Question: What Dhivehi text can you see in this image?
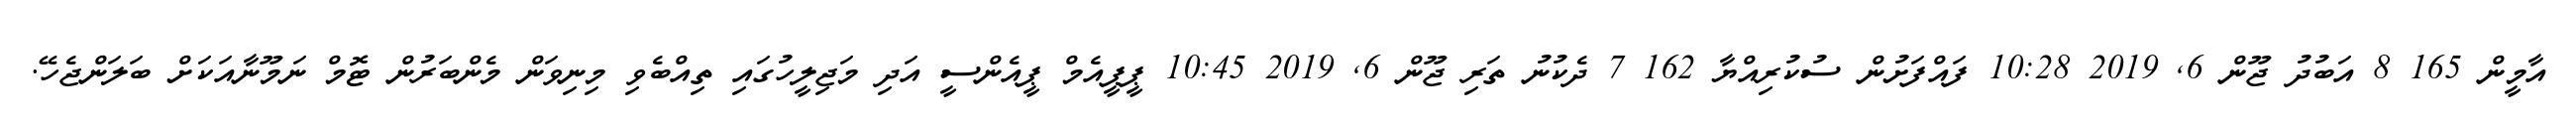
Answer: އާމީން 165 8 އަބުދު ޖޫން 6, 2019 10:28 ފައްފަށުން ސުކުރިއްޔާ 162 7 ދެކުނު ތަރި ޖޫން 6, 2019 10:45 ޕީޕީއެމް ޕީއެންސީ އަދި މަޖިލީހުގައި ތިއްބެވި މިނިވަން މެންބަރުން ޓޮމް ނަމޫނާއަކަށް ބަލަންޖެހޭ.